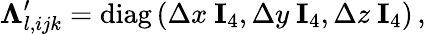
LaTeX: \mathbf\Lambda_{l,ijk}^{\prime}=\operatorname{diag}\left(\Delta x\ \mathbf I_{4},\Delta y\ \mathbf I_{4},\Delta z\ \mathbf I_{4}\right)\, ,